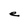
Character: e